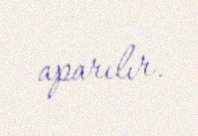
aparılır.